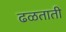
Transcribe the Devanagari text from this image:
ढळताती